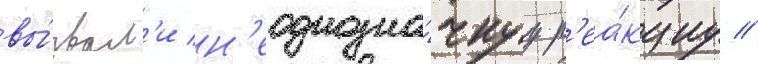
вы́звал'и н'еоднозна́чнуу р'еа́кциу //